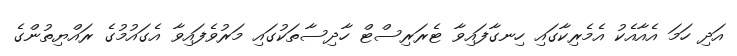
އަދި ހަމަ އެއާއެކު އެމެރިކާގައި ހިނގާފައިވާ ޓެރަރިސްޓް ހާދިސާތަކުގައި މަރުވެފައިވާ އެގައުމުގެ ރައްޔިތުންގެ